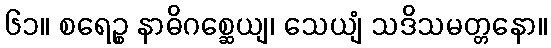
၆၁။ စရေဉ္စ နာဓိဂစ္ဆေယျ၊ သေယျံ သဒိသမတ္တနော။